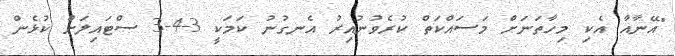
"އޭނާއާ އެކި މިހާތަނަށް މަސައްކަތް ކުރެވުނުއިރު އެނގުނު ކަމަކީ 3-4-3 ސްޓައިލަށް ކުޅެން